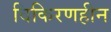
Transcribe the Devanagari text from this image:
विकिरणहीन